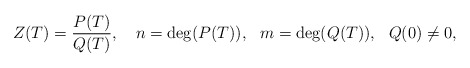
\begin{align*} Z(T) = \frac{P(T)}{Q(T)}, \ \ \ n=\deg(P(T)), \ \ m=\deg(Q(T)), \ \ Q(0)\not= 0, \end{align*}